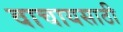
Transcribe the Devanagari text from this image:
वाचायसाठी